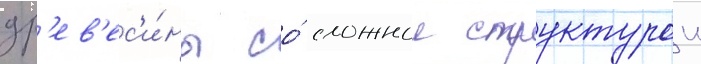
др'ев'ес'и́ны со́ сложнои структурои